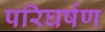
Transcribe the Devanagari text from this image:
परिघर्षण